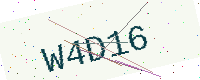
Text: W4D16